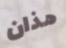
هذان